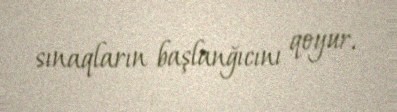
sınaqların başlanğıcını qoyur.